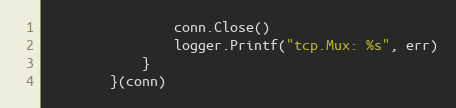
Language: Go
				conn.Close()
				logger.Printf("tcp.Mux: %s", err)
			}
		}(conn)